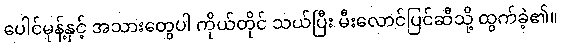
ပေါင်မုန့်နှင့် အသားတွေပါ ကိုယ်တိုင် သယ်ပြီး မီးလောင်ပြင်ဆီသို့ ထွက်ခဲ့၏။